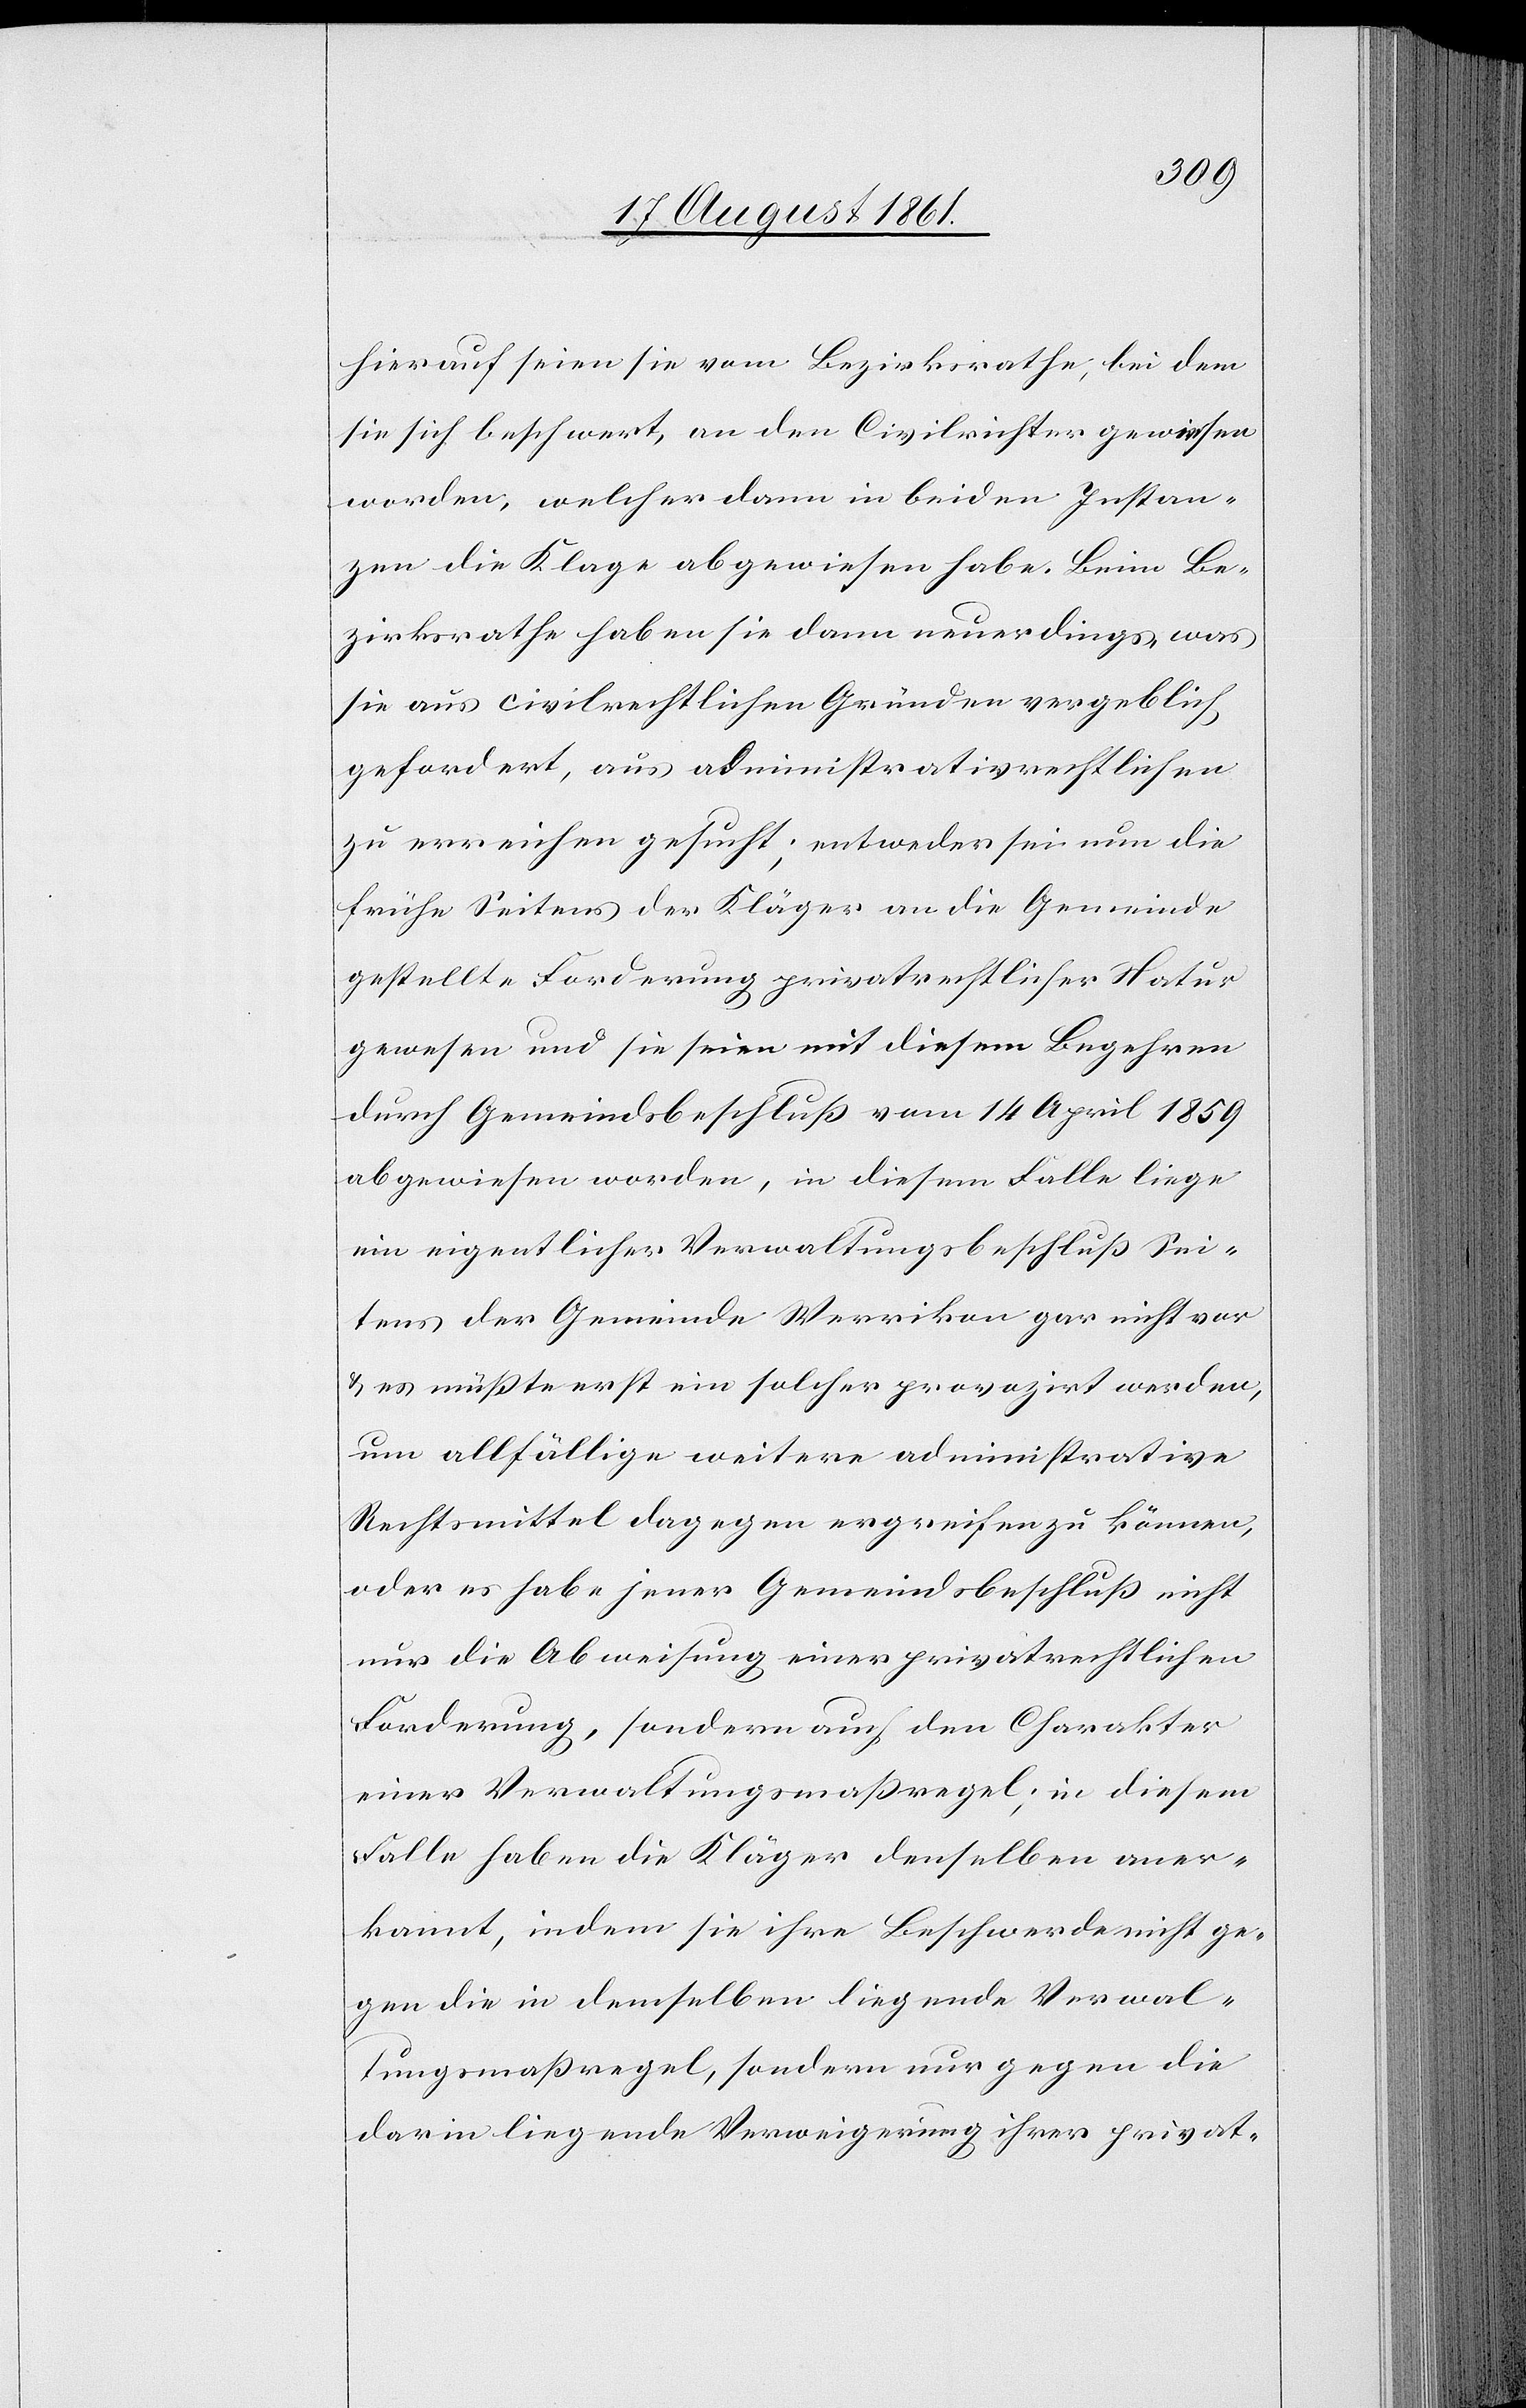
hierauf seien sie vom Bezirksrathe, bei dem
sie sich beschwert, an den Civilrichter gewiesen
worden, welcher dann in beiden Instan¬
zen die Klage abgewiesen habe. Beim Be¬
zirksrathe haben sie dann neuerdings, was
sie aus civilrechtlichen Gründen vergeblich
gefordert, aus administrativrechtlichen
zu erreichen gesucht; entweder sei nun die
früher Seitens der Kläger an die Gemeinde
gestellte Forderung privatrechtlicher Natur
gewesen und sie seien mit diesem Begehren
durch Gemeindsbeschluß vom 14 April 1859
abgewiesen worden, in diesem Falle liege
ein eigentlicher Verwaltungsbeschluß Sei¬
tens der Gemeinde Werrikon gar nicht vor
u. es müßte erst ein solcher provozirt werden,
um allfällige weitere administrative
Rechtsmittel dagegen ergreifen zu können,
oder es habe jener Gemeindsbeschluß nicht
nur die Abweisung einer privatrechtlichen
Forderung, sondern auch den Charakter
einer Verwaltungsmaßregel, in diesem
Falle haben die Kläger denselben aner¬
kannt, indem sie ihre Beschwerde nicht ge¬
gen die in demselben liegende Verwal¬
tungsmaßregel, sondern nur gegen die
darin liegende Verweigerung ihrer privat-